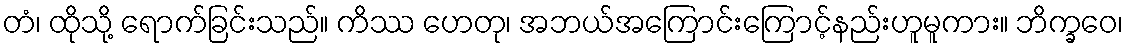
တံ၊ ထိုသို့ ရောက်ခြင်းသည်။ ကိဿ ဟေတု၊ အဘယ်အကြောင်းကြောင့်နည်းဟူမူကား။ ဘိက္ခဝေ၊